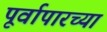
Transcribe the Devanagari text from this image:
पूर्वापारच्या